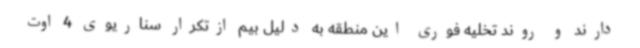
دارند و روند تخلیه فوری این منطقه به دلیل بیم ازتکرار سناریوی 4 اوت